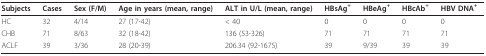
| Subjects | Cases | Sex (F/M) | Age in years (mean, range) | ALT in U/L (mean, range) | HBsAg+ | HBeAg+ | HBcAb+ | HBV DNA+ |
 | --- | --- | --- | --- | --- | --- | --- | --- | --- |
 | HC | 32 | 4/14 | 27 (17-42) | < 40 | 0 | 0 | 0 | 0 |
 | CHB | 71 | 8/63 | 32 (18-42) | 136 (53-326) | 71 | 71 | 71 | 71 |
 | ACLF | 39 | 3/36 | 28 (20-39) | 206.34 (92-1675) | 39 | 9/39 | 39 | 39 |